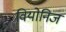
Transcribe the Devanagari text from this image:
वियोनिज